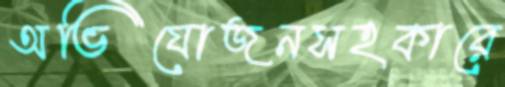
অভিযোজনসহকারে